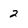
Character: 2